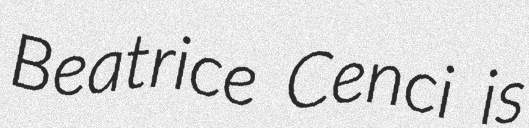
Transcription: Beatrice Cenci is